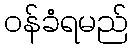
ဝန်ခံရမည်